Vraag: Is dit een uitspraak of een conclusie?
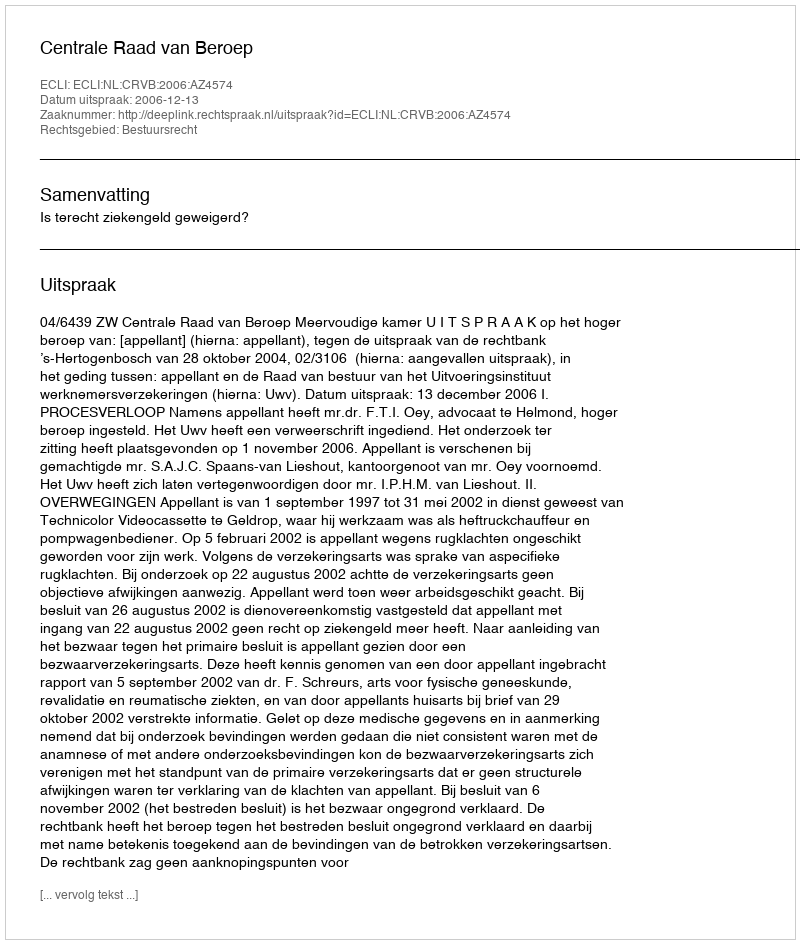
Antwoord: Uitspraak